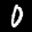
Label: 0